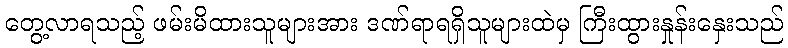
တွေ့လာရသည့် ဖမ်းမိထားသူများအား ဒဏ်ရာရရှိသူများထဲမှ ကြီးထွားနှုန်းနှေးသည်